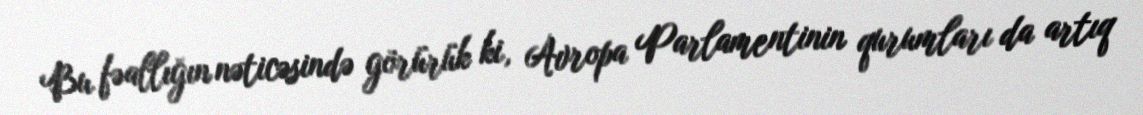
Bu fəallığın nəticəsində görürük ki, Avropa Parlamentinin qurumları da artıq